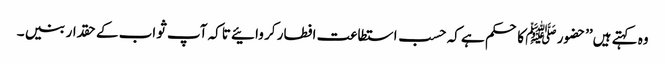
وہ کہتے ہیں’’حضور ﷺ کا حکم ہے کہ حسب استطاعت افطار کر وائیے تاکہ آپ ثواب کے حقدار بنیں ۔